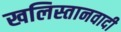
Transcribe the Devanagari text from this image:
खलिस्तानवादी